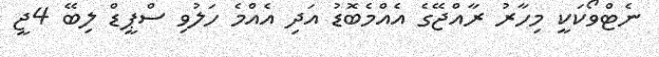
ނެޓްވޯކަކީ މިހާރު ރާއްޖޭގެ އެއްމެބޮޑު އަދި އެއްމެ ހަލުވި ސްޕީޑް ލިބޭ 4ޖީ